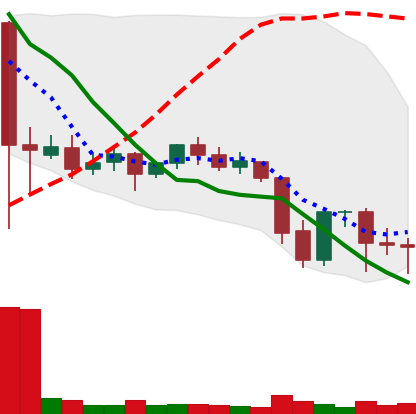
Ticker: ETC-USD
Chart end date: 2021-09-26
Forward return: 10.017%
Label: up_7plus